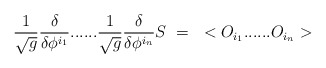
\begin{align*}{1 \over \sqrt{g}}{\delta \over \delta \phi^{i_1}} ...... {1 \over \sqrt{g}}{\delta \over \delta \phi^{i_n}}S~=~<O_{i_1} ...... O_{i_n}>\end{align*}